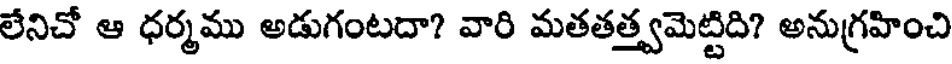
లేనిచో ఆ ధర్మము అడుగంటదా? వారి మతతత్త్వమెట్టిది? అనుగ్రహించి